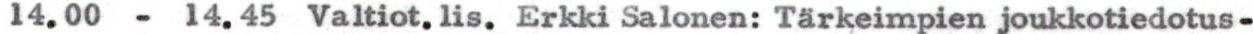
14.00 - 14.45 Valtiot. lis. Erkki Salonen: Tärkeimpien joukkotiedotus-